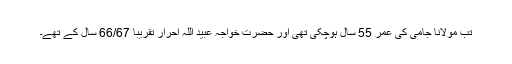
تب مولانا جامی کی عمر 55 سال ہوچکی تھی اور حضرت خواجہ عبید اللہ احرار تقریباً 66/67 سال کے تھے۔